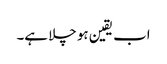
اب یقین ہو چلا ہے۔